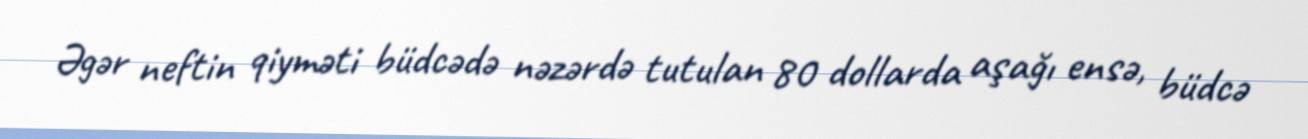
Əgər neftin qiyməti büdcədə nəzərdə tutulan 80 dollarda aşağı ensə, büdcə